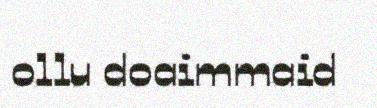
ollu doaimmaid